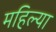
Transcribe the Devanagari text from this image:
महिल्या